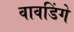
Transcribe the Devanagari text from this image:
वावडिंगे